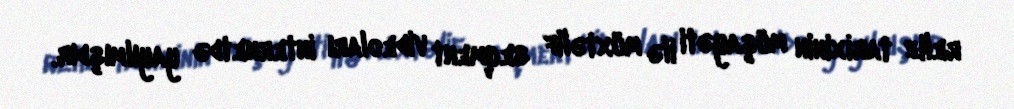
reliz tarixinin müşayəti ilə müxtəlif seqment videoları internetdə yayılmışdır.